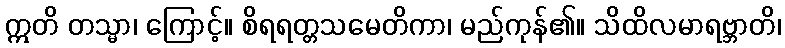
ဣတိ တသ္မာ၊ ကြောင့်။ စိရရတ္တသမေတိကာ၊ မည်ကုန်၏။ သိထိလမာရဗ္ဘာတိ၊